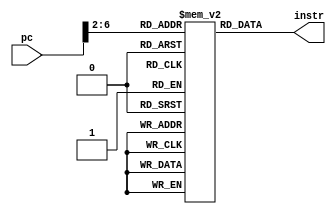
`timescale 1ns / 1ps
//////////////////////////////////////////////////////////////////////////////////
// Company: 
// Engineer: 
// 
// Design Name: 
// Module Name: InstructionMem
// Project Name: 
// Target Devices: 
// Tool Versions: 
// Description: Assigns the next instruction from PC
// 
// Dependencies: pc
// 
// Revision:
// Revision 0.01 - File Created
// Additional Comments:
// 
//////////////////////////////////////////////////////////////////////////////////


module InstructionMem(pc, instr);
    input [31:0] pc;
    output [31:0] instr;
    reg [31:0] memory [30:0];
    reg[31:0] instr;
    
    initial begin
   memory[0] = 32'b00100000000010000000000000100000; //addi $t0, $zero, 0x20
    memory[1] = 32'b00100000000010010000000000110111; //addi $t1, $zero, 0x37
    memory[2] = 32'b00000001000010011000000000100100; //and $s0, $t0, $t1
    memory[3] = 32'b00000001000010011000000000100101; //or $s0, $t0, $t1
    memory[4] = 32'b10101100000100000000000000000100; //sw $s0, 4($zero)
    memory[5] = 32'b10101100000010000000000000001000; //sw $t0, 8($zero)
    memory[6] = 32'b00000001000010011000100000100000; //add $s1, $t0, $t1
    memory[7] = 32'b00000001000010011001000000100010; //sub $s2, $t0, $t1
    memory[8] = 32'b00010010001100100000000000001001; //beq $s1, $s2, error0
    memory[9] = 32'b10001100000100010000000000000100; //lw $s1, 4($zero)
    memory[10]= 32'b00110010001100100000000001001000; //andi $s2, $s1, 0x48
    memory[11] =32'b00010010001100100000000000001001; //beq $s1, $s2, error1
    memory[12] =32'b10001100000100110000000000001000; //lw $s3, 8($zero)
    memory[13] =32'b00010010000100110000000000001010; //beq $s0, $s3, error2
    memory[14] =32'b00000010010100011010000000101010; //slt $s4, $s2, $s1 (Last)
    memory[15] =32'b00010010100000000000000000001111; //beq $s4, $0, EXIT
    memory[16] =32'b00000010001000001001000000100000; //add $s2, $s1, $0
    memory[17] =32'b00001000000000000000000000001110; //j Last
    memory[18] =32'b00100000000010000000000000000000; //addi $t0, $0, 0(error0)
    memory[19] =32'b00100000000010010000000000000000; //addi $t1, $0, 0
    memory[20] =32'b00001000000000000000000000011111; //j EXIT
    memory[21] =32'b00100000000010000000000000000001; //addi $t0, $0, 1(error1)
    memory[22] =32'b00100000000010010000000000000001; //addi $t1, $0, 1
    memory[23] =32'b00001000000000000000000000011111; //j EXIT
    memory[24] =32'b00100000000010000000000000000010; //addi $t0, $0, 2(error2)
    memory[25] =32'b00100000000010010000000000000010; //addi $t1, $0, 2
    memory[26] =32'b00001000000000000000000000011111; //j EXIT
    memory[27] =32'b00100000000010000000000000000011; //addi $t0, $0, 3(error3)
    memory[28] =32'b00100000000010010000000000000011; //addi $t1, $0, 3
    memory[29] =32'b00001000000000000000000000011111; //j EXIT 
    end
    
    always @(pc) begin
         if (pc>>2>29) begin 
             instr=32'b0;
         end
         instr=memory[pc>>2];
    end
endmodule